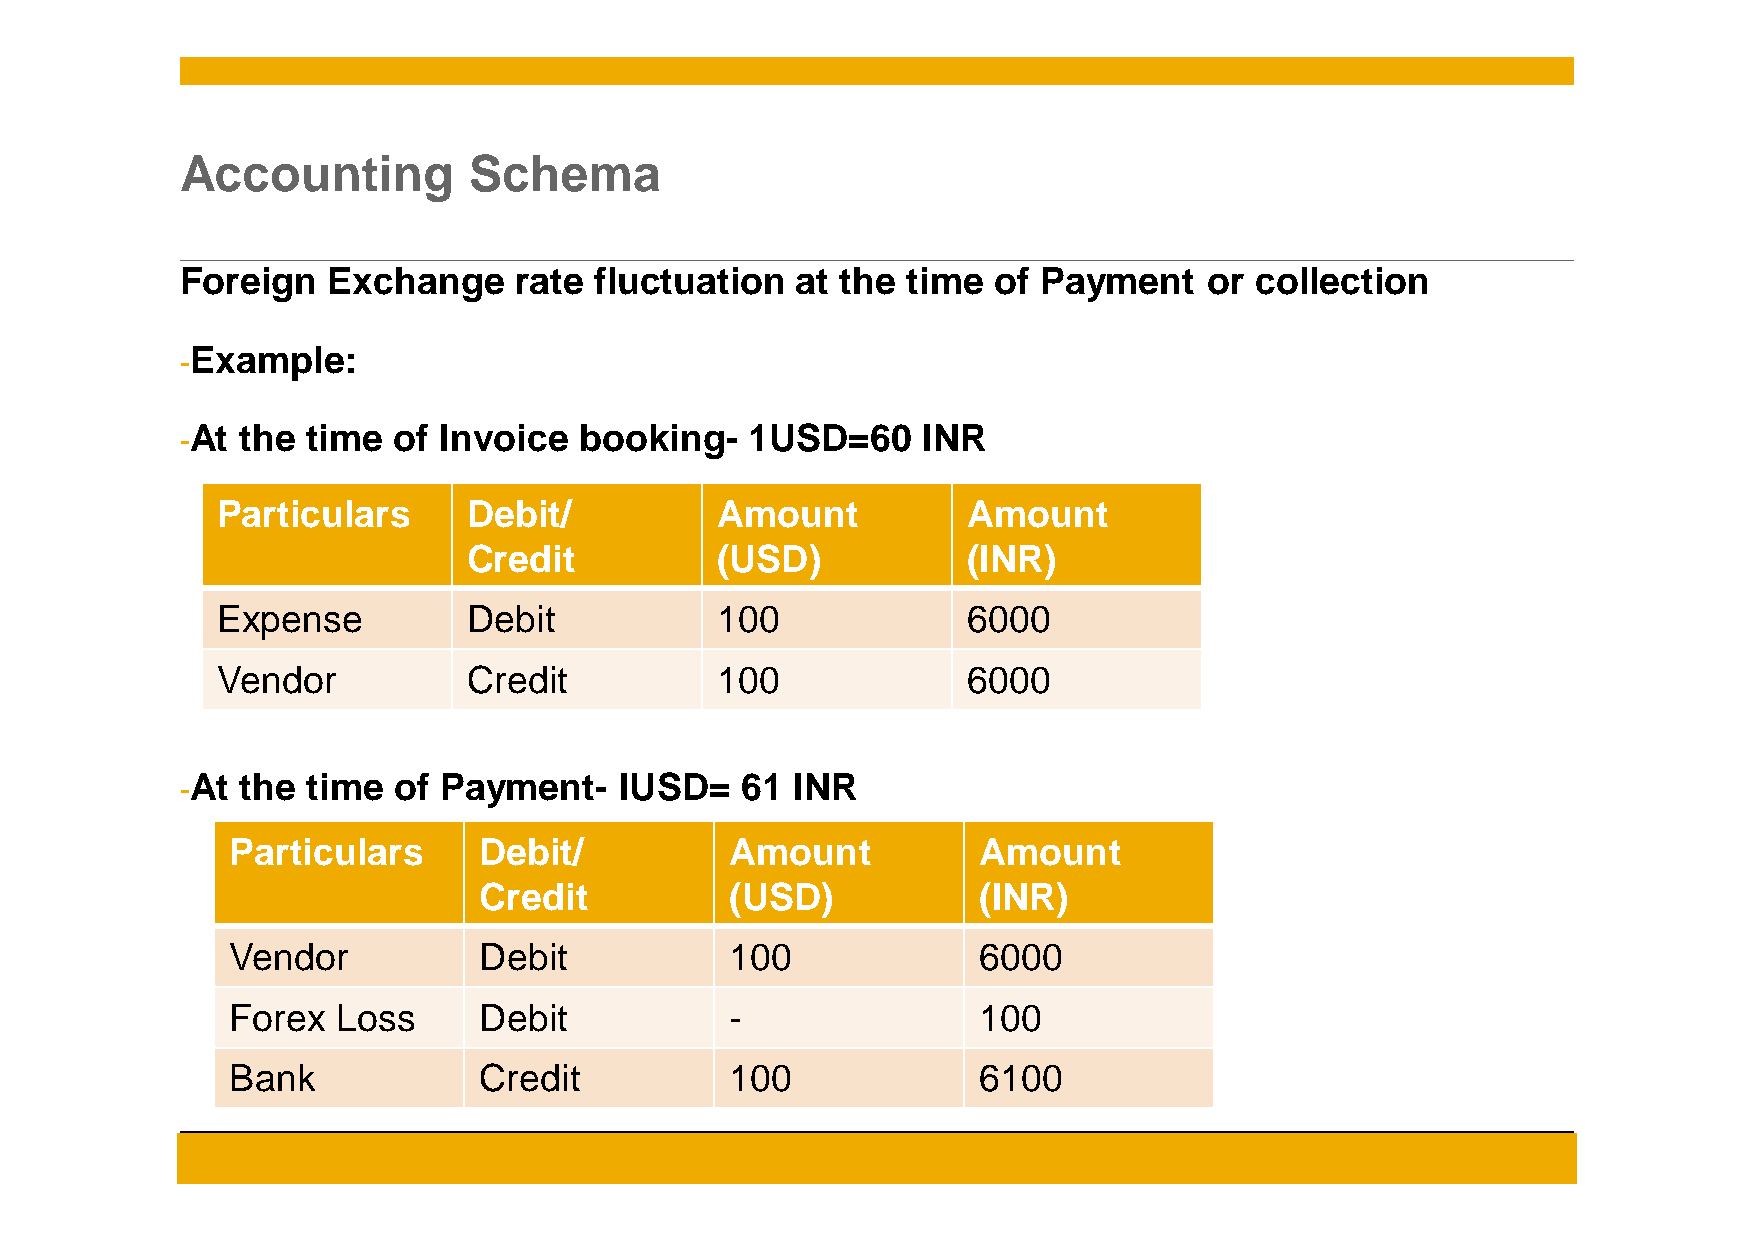
Accounting         Schema
 Foreign   Exchange    rate fluctuation   at the time  of Payment    or collection
 -Example:
 -At the time  of Invoice  booking-    1USD=60    INR
 Particulars      Debit/          Amount           Amount
 Credit          (USD)            (INR)
 Expense          Debit           100              6000
 Vendor           Credit          100              6000
 -At the time  of Payment-    IUSD=   61  INR
 Particulars      Debit/          Amount           Amount
 Credit          (USD)            (INR)
 Vendor           Debit           100              6000
 Forex  Loss      Debit           -                100
 Bank             Credit          100              6100
 © 2014 SAP AG. All rights reserved.                                                       7